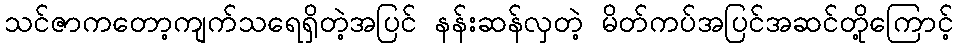
သင်ဇာကတော့ကျက်သရေရှိတဲ့အပြင် နန်းဆန်လှတဲ့ မိတ်ကပ်အပြင်အဆင်တို့ကြောင့်